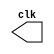
// ---------------------------------- 
// Exemplo0041 - Clock
// Nome: Alvaro Henrique de Araujo Rungue 
// ---------------------------------- 

// --------------------------- 
// -- test clock generator (1) 
// --------------------------- 

module clock ( clk ); 
output clk; 

reg clk; 
initial 

begin 
clk = 1'b0; 
end 

always 
begin 
#12 clk = ~clk; 
end 

endmodule //-- clock ( ) 

module Exemplo0041; 

wire clk; 
clock CLK1 ( clk ); 
initial begin 
$display("Exemplo0041 - Alvaro Henrique de Araujo Rungue - 395487");
$dumpfile ( "Exemplo0041.vcd" ); 
$dumpvars; 

//-- Tamanho da Duracao
#120 $finish; 

end 
endmodule //-- Exemplo041 ( )